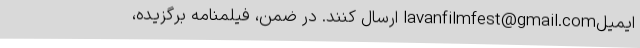
ایمیلlavanfilmfest@gmail.com ارسال کنند. در ضمن، فیلمنامه برگزیده،